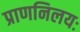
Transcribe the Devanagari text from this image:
प्राणनिलयः